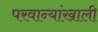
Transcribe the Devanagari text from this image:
परवान्यांखाली